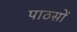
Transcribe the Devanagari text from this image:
पाठसों